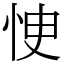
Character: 㤤